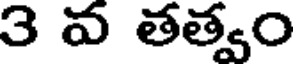
3 వ తత్వం